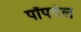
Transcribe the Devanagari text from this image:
पॉपवेल